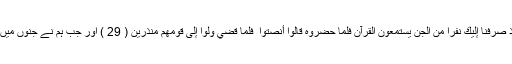
اور یہ ان کا جھوٹ تھا اور یہی وہ افتراء کیا کرتے تھےوَإِذْ صَرَفْنَا إِلَيْكَ نَفَرًا مِّنَ الْجِنِّ يَسْتَمِعُونَ الْقُرْآنَ فَلَمَّا حَضَرُوهُ قَالُوا أَنصِتُوا ۖ فَلَمَّا قُضِيَ وَلَّوْا إِلَىٰ قَوْمِهِم مُّنذِرِينَ ( 29 ) اور جب ہم نے جنوں میں سے کئی شخص تمہاری طرف متوجہ کئے کہ قرآن سنیں۔